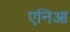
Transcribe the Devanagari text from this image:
एनिआ